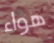
هواء